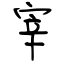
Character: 宰